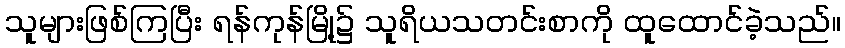
သူများဖြစ်ကြပြီး ရန်ကုန်မြို့၌ သူရိယသတင်းစာကို ထူထောင်ခဲ့သည်။